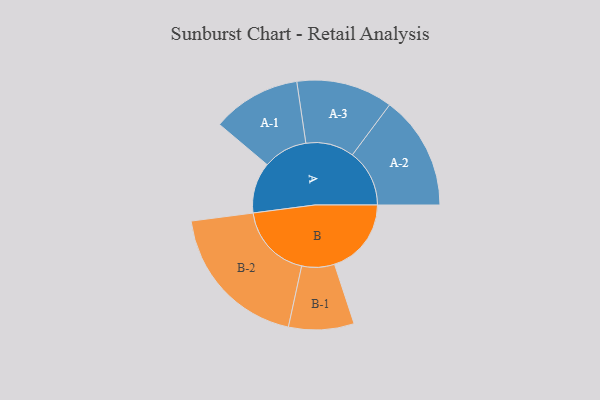
{"axis": {"x": "Segment", "y": "Value"}, "legend": ["", "A", "B"], "data": [{"x": "A", "y": 196, "type": ""}, {"x": "B", "y": 296, "type": ""}, {"x": "A-1", "y": 171, "type": "A"}, {"x": "A-2", "y": 220, "type": "A"}, {"x": "A-3", "y": 186, "type": "A"}, {"x": "B-1", "y": 126, "type": "B"}, {"x": "B-2", "y": 290, "type": "B"}]}